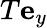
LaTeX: T\mathbf{e}_{y}